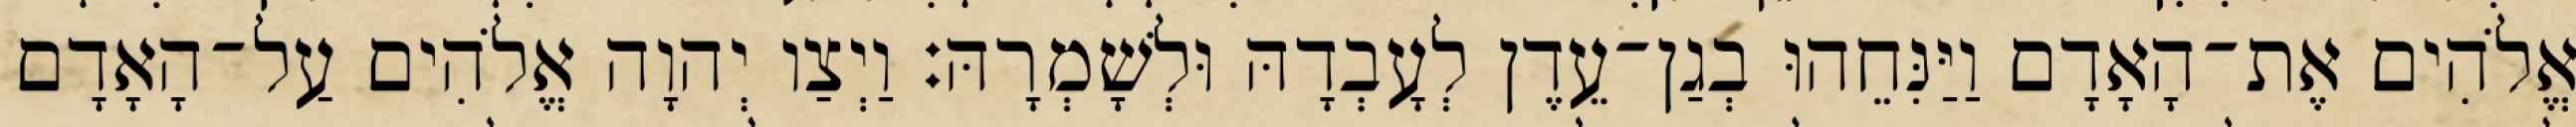
אֱלֹהִים אֶת־הָאָדָם וַיַּנִּחֵהוּ בְגַן־עֵדֶן לְעָבְדָהּ וּלְשָׁמְרָהּ׃ וַיְצַו יְהוָה אֱלֹהִים עַל־הָאָדָם